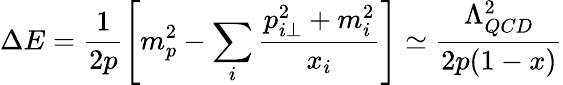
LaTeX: \Delta E=\frac{1}{2p}\left[m_{p}^{2}-\sum_{i}^{}\frac{p_{i\perp}^{2}+m_{i}^{2}}{x_{i}}\right]\simeq\frac{\Lambda_{QCD}^{2}}{2p(1-x)}